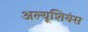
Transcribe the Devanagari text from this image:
अल्यूशियंस